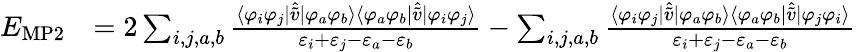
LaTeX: {\begin{array}{rl}{E_{\mathrm{MP2}}}&{=2\sum_{i,j,a,b}{\frac{\langle\varphi_{i}\varphi_{j}|{\hat{\tilde{v}}}|\varphi_{a}\varphi_{b}\rangle\langle\varphi_{a}\varphi_{b}|{\hat{\tilde{v}}}|\varphi_{i}\varphi_{j}\rangle}{\varepsilon_{i}+\varepsilon_{j}-\varepsilon_{a}-\varepsilon_{b}}}-\sum_{i,j,a,b}{\frac{\langle\varphi_{i}\varphi_{j}|{\hat{\tilde{v}}}|\varphi_{a}\varphi_{b}\rangle\langle\varphi_{a}\varphi_{b}|{\hat{\tilde{v}}}|\varphi_{j}\varphi_{i}\rangle}{\varepsilon_{i}+\varepsilon_{j}-\varepsilon_{a}-\varepsilon_{b}}}}\end{array}}